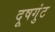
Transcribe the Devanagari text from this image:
दूषगुंट